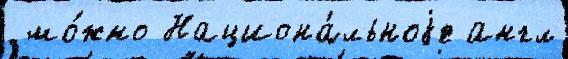
 мо́жно Национа́льноjе англ